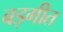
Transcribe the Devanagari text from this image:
बड़गीत